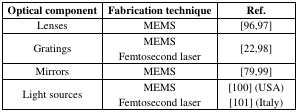
<table><thead><tr><td><b>Optical component</b></td><td><b>Fabrication technique</b></td><td><b>Ref.</b></td></tr></thead><tbody><tr><td>Lenses</td><td>MEMS</td><td>[96,97]</td></tr><tr><td>Gratings</td><td>MEMSFemtosecond laser</td><td>[22,98]</td></tr><tr><td>Mirrors</td><td>MEMS</td><td>[79,99]</td></tr><tr><td>Light sources</td><td>MEMSFemtosecond laser</td><td>[100] (USA)[101] (Italy)</td></tr></tbody></table>